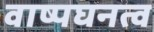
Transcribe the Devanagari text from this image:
वाष्पघनत्व